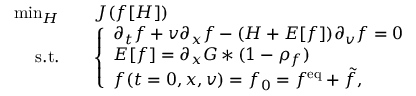
\begin{array} { r l } { \operatorname* { m i n } _ { H } \quad } & { J ( f [ H ] ) } \\ { \mathrm { s . t . } \quad } & { \left\{ \begin{array} { l l } { \partial _ { t } f + v \partial _ { x } f - ( H + E [ f ] ) \partial _ { v } f = 0 } \\ { E [ f ] = \partial _ { x } G \ast ( 1 - \rho _ { f } ) } \\ { f ( t = 0 , x , v ) = f _ { 0 } = f ^ { \mathrm { e q } } + \tilde { f } , } \end{array} \right. } \end{array}